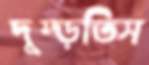
দুম্‌ড়তিস